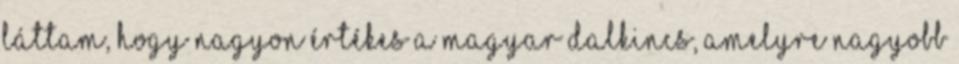
láttam, hogy nagyon értékes a magyar dalkincs, amelyre nagyobb